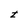
Character: t